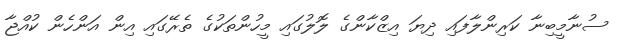
ސުނާމީބިނާ ކަރިންލާފައި ދިޔަ އިޒްކާންގެ ލޮލުގައި މީހުންތަކުގެ ތެރޭގައި އިން އަންހެން ކުއްޖާ